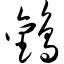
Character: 鹳